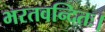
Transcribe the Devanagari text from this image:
भरतवन्दितः।